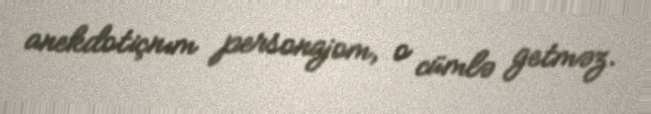
anekdotiçnım personajom, o cümlə getməz.